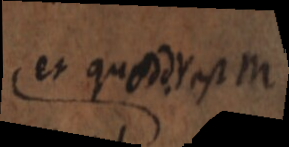
et quodd. Y est M